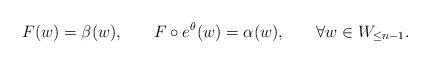
LaTeX: \begin{align*}F(w)=\beta(w),\,\,\,\,\,\,\,\,\,\,\,F\circ e^{\theta}(w)=\alpha(w),\,\,\,\,\,\,\,\,\,\,\,\forall w\in W_{\leq n-1}.\end{align*}